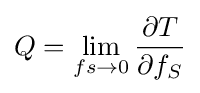
Q=\lim _{fs\to 0}{\frac {\partial T}{\partial f_{S}}}